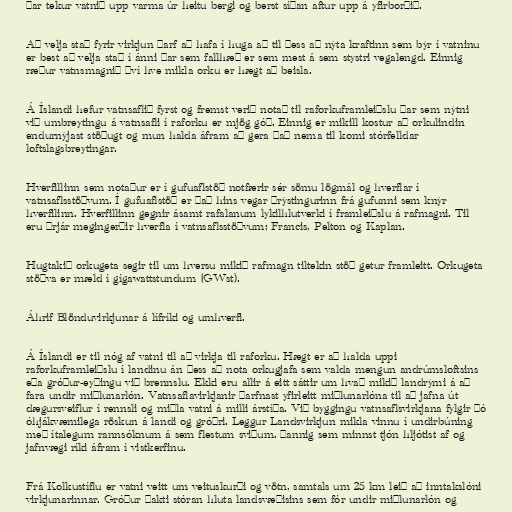
Þar tekur vatnið upp varma úr heitu bergi og berst síðan aftur upp á yfirborðið.

Að velja stað fyrir virkjun þarf að hafa í huga að til þess að nýta kraftinn sem býr í vatninu
er best að velja stað í ánni þar sem fallhæð er sem mest á sem stystri vegalengd. Einnig
ræður vatnsmagnið því hve mikla orku er hægt að beisla.

Á Íslandi hefur vatnsaflið fyrst og fremst verið notað til raforkuframleiðslu þar sem nýtni
við umbreytingu á vatnsafli í raforku er mjög góð. Einnig er mikill kostur að orkulindin
endurnýjast stöðugt og mun halda áfram að gera það nema til komi stórfelldar
loftslagsbreytingar.

Hverfillinn sem notaður er í gufuaflstöð notfærir sér sömu lögmál og hverflar í
vatnsaflsstöðvum. Í gufuaflstöð er það hins vegar þrýstingurinn frá gufunni sem knýr
hverfilinn. Hverfillinn gegnir ásamt rafalanum lykilhlutverki í framleiðslu á rafmagni. Til
eru þrjár megingerðir hverfla í vatnsaflsstöðvum; Francis, Pelton og Kaplan.

Hugtakið orkugeta segir til um hversu mikið rafmagn tiltekin stöð getur framleitt. Orkugeta
stöðva er mæld í gígawattstundum (GWst).

Áhrif Blönduvirkjunar á lífríki og umhverfi.

Á Íslandi er til nóg af vatni til að virkja til raforku. Hægt er að halda uppi
raforkuframleiðslu í landinu án þess að nota orkugjafa sem valda mengun andrúmsloftsins
eða gróður-eyðingu við brennslu. Ekki eru allir á eitt sáttir um hvað mikið landrými á að
fara undir miðlunarlón. Vatnsaflavirkjanir þarfnast yfirleitt miðlunarlóna til að jafna út
dægursveiflur í rennsli og miðla vatni á milli árstíða. Við byggingu vatnsaflsvirkjana fylgir þó
óhjákvæmilega röskun á landi og gróðri. Leggur Landsvirkjun mikla vinnu í undirbúning
með ítalegum rannsóknum á sem flestum sviðum. Þannig sem minnst tjón hljótist af og
jafnvægi ríki áfram í vistkerfinu.

Frá Kolkustíflu er vatni veitt um veituskurði og vötn, samtals um 25 km leið að inntakslóni
virkjunarinnar. Gróður þakti stóran hluta landsvæðisins sem fór undir miðlunarlón og